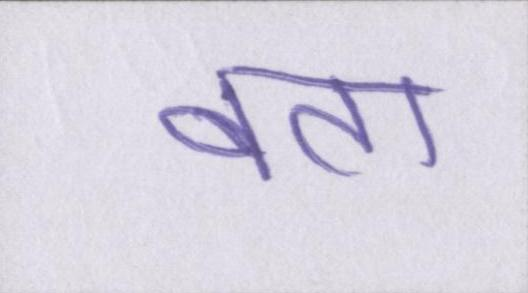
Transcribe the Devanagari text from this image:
बता